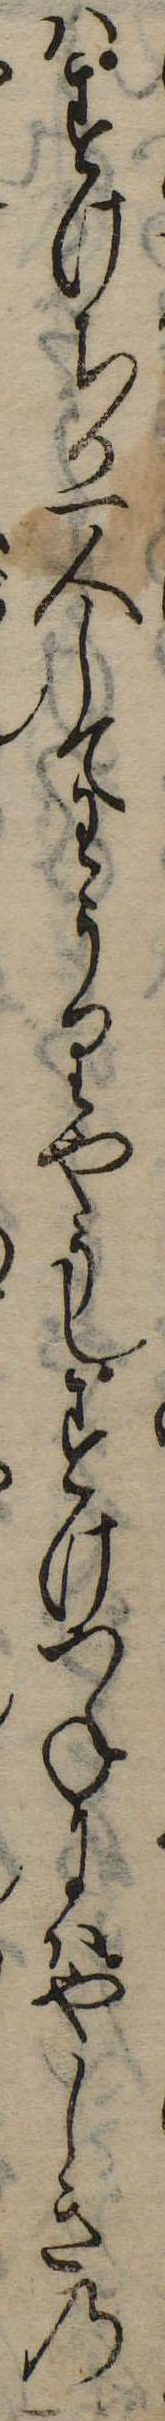
はすけちか一人してわうりやうしすけつねにはやしきの一